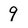
Character: 9